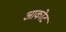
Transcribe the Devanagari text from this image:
आकोट